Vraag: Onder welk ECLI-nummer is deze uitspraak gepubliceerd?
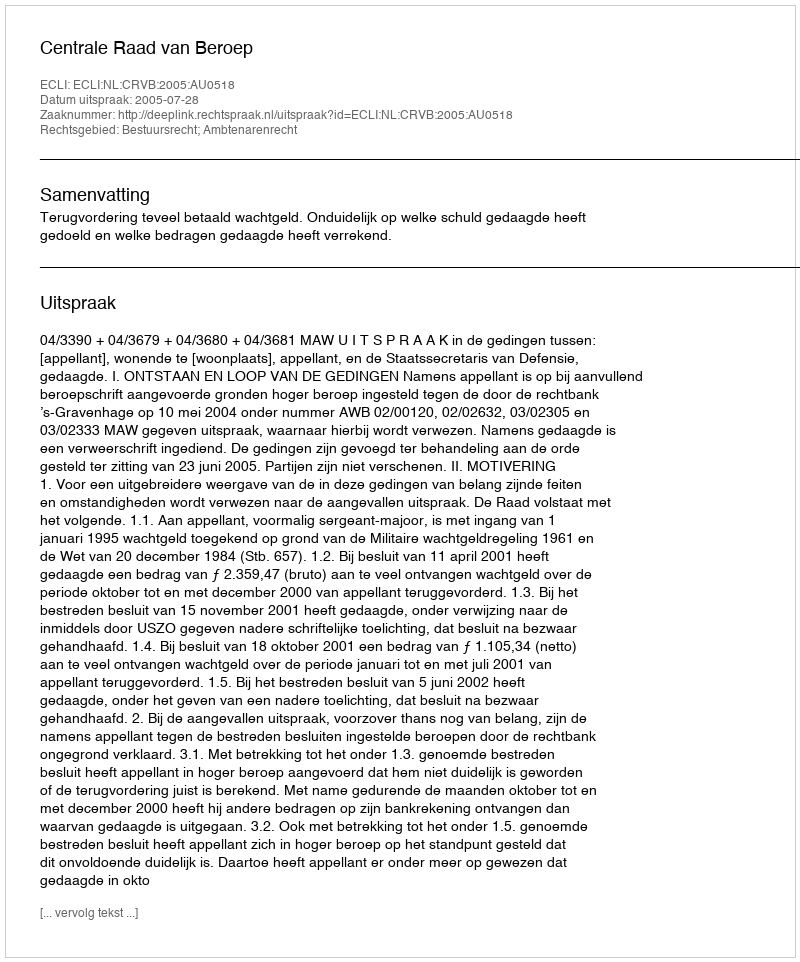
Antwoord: ECLI:NL:CRVB:2005:AU0518